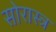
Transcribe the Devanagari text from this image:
सोरास्त्र